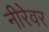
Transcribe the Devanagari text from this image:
नीरेवर